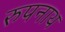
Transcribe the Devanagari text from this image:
रुपनाथ